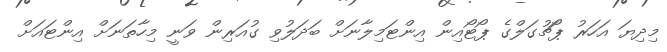
މިދިޔަ އަހަރު ޕޯޗުގަލްގެ ޕޯޓޯއިން އިންޓަމިލާނަށް ބަދަލުވި ގުއަރިން ވަނީ މިހާތަނަށް އިންޓައަށް